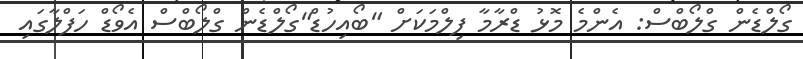
ގޯލްޑެން ގްލޯބްސް: އެންމެ މޮޅު ޑްރާމާ ފިލްމަކަށް "ބޯއިހުޑް"ގޯލްޑެން ގްލޯބްސް އެވޯޑް ހަފްލާގައި